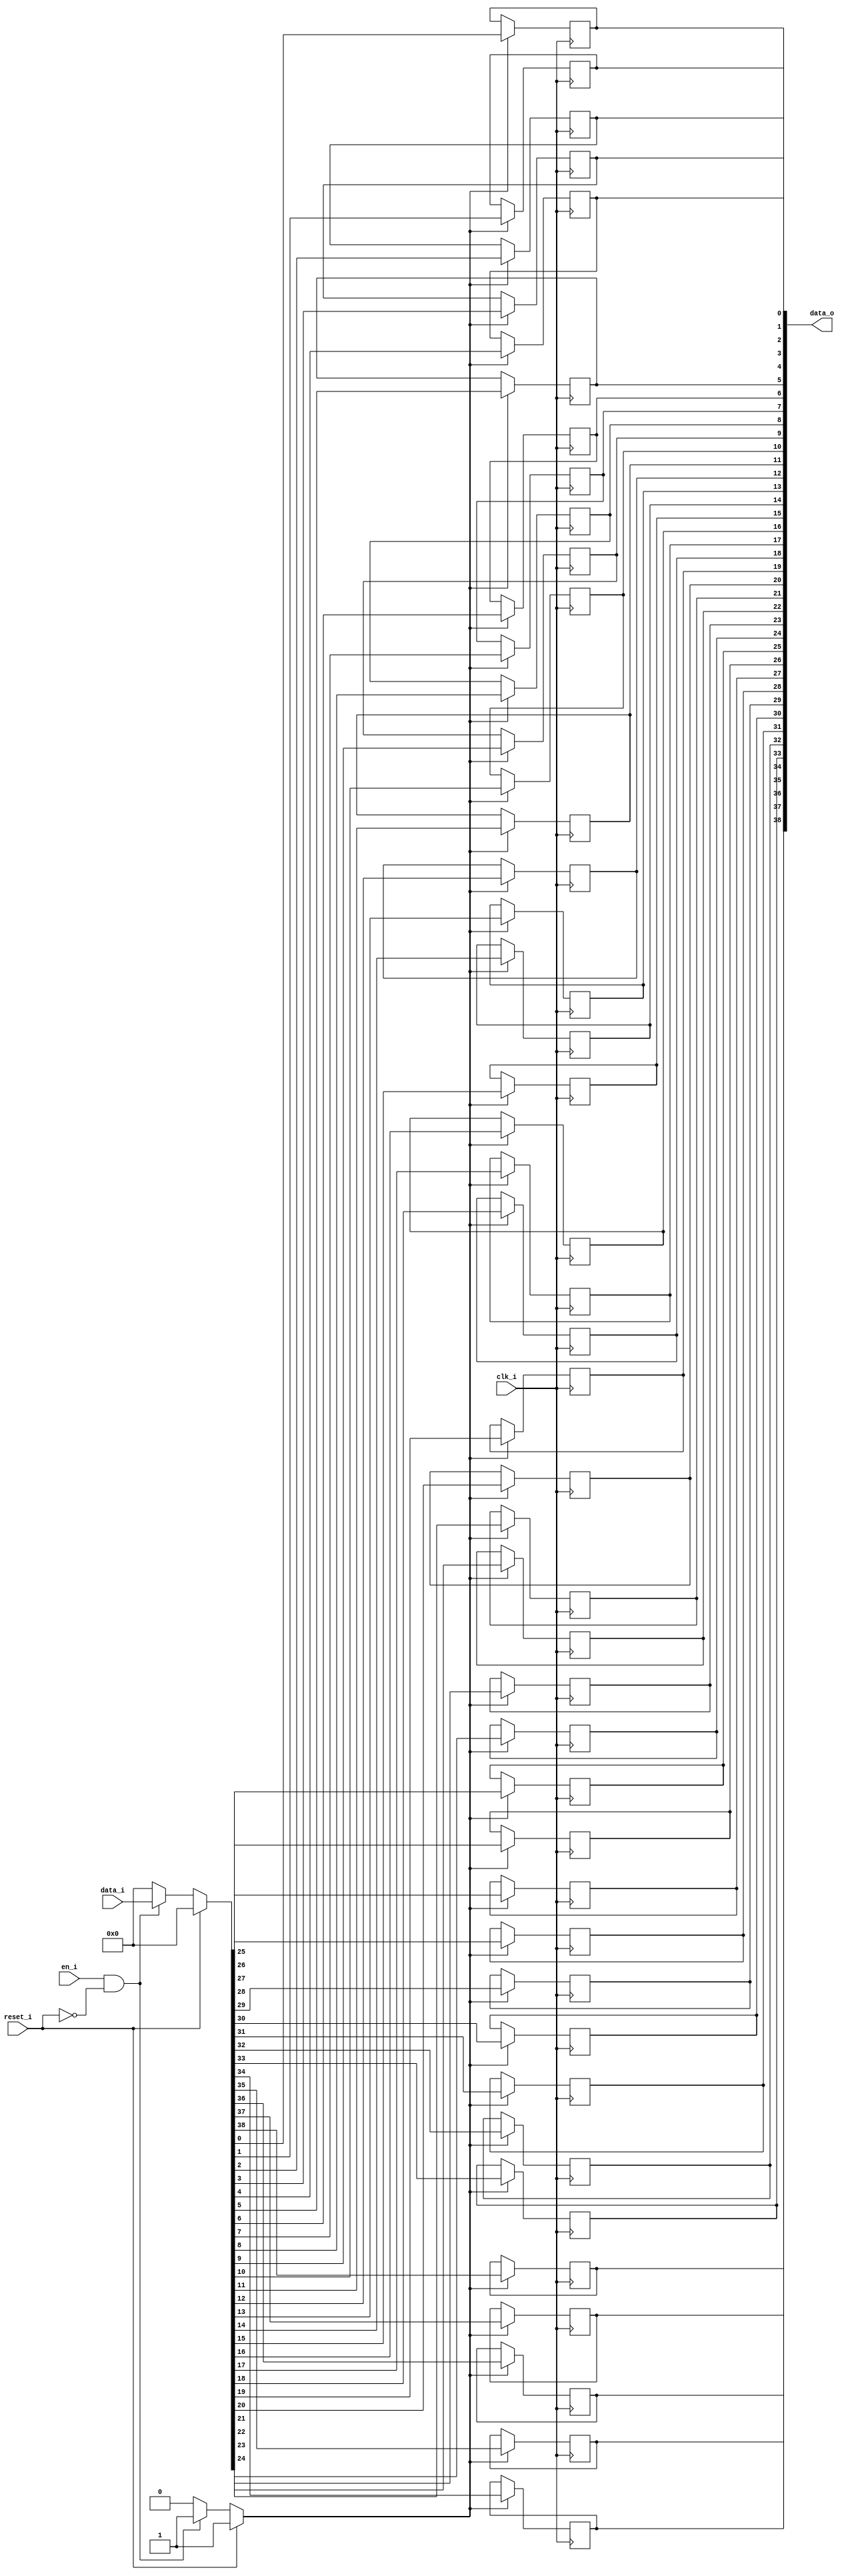
module bsg_dff_reset_en_width_p39
(
  clk_i,
  reset_i,
  en_i,
  data_i,
  data_o
);

  input [38:0] data_i;
  output [38:0] data_o;
  input clk_i;
  input reset_i;
  input en_i;
  wire [38:0] data_o;
  wire N0,N1,N2,N3,N4,N5,N6,N7,N8,N9,N10,N11,N12,N13,N14,N15,N16,N17,N18,N19,N20,N21,
  N22,N23,N24,N25,N26,N27,N28,N29,N30,N31,N32,N33,N34,N35,N36,N37,N38,N39,N40,N41,
  N42,N43,N44;
  reg data_o_38_sv2v_reg,data_o_37_sv2v_reg,data_o_36_sv2v_reg,data_o_35_sv2v_reg,
  data_o_34_sv2v_reg,data_o_33_sv2v_reg,data_o_32_sv2v_reg,data_o_31_sv2v_reg,
  data_o_30_sv2v_reg,data_o_29_sv2v_reg,data_o_28_sv2v_reg,data_o_27_sv2v_reg,
  data_o_26_sv2v_reg,data_o_25_sv2v_reg,data_o_24_sv2v_reg,data_o_23_sv2v_reg,
  data_o_22_sv2v_reg,data_o_21_sv2v_reg,data_o_20_sv2v_reg,data_o_19_sv2v_reg,data_o_18_sv2v_reg,
  data_o_17_sv2v_reg,data_o_16_sv2v_reg,data_o_15_sv2v_reg,data_o_14_sv2v_reg,
  data_o_13_sv2v_reg,data_o_12_sv2v_reg,data_o_11_sv2v_reg,data_o_10_sv2v_reg,
  data_o_9_sv2v_reg,data_o_8_sv2v_reg,data_o_7_sv2v_reg,data_o_6_sv2v_reg,
  data_o_5_sv2v_reg,data_o_4_sv2v_reg,data_o_3_sv2v_reg,data_o_2_sv2v_reg,data_o_1_sv2v_reg,
  data_o_0_sv2v_reg;
  assign data_o[38] = data_o_38_sv2v_reg;
  assign data_o[37] = data_o_37_sv2v_reg;
  assign data_o[36] = data_o_36_sv2v_reg;
  assign data_o[35] = data_o_35_sv2v_reg;
  assign data_o[34] = data_o_34_sv2v_reg;
  assign data_o[33] = data_o_33_sv2v_reg;
  assign data_o[32] = data_o_32_sv2v_reg;
  assign data_o[31] = data_o_31_sv2v_reg;
  assign data_o[30] = data_o_30_sv2v_reg;
  assign data_o[29] = data_o_29_sv2v_reg;
  assign data_o[28] = data_o_28_sv2v_reg;
  assign data_o[27] = data_o_27_sv2v_reg;
  assign data_o[26] = data_o_26_sv2v_reg;
  assign data_o[25] = data_o_25_sv2v_reg;
  assign data_o[24] = data_o_24_sv2v_reg;
  assign data_o[23] = data_o_23_sv2v_reg;
  assign data_o[22] = data_o_22_sv2v_reg;
  assign data_o[21] = data_o_21_sv2v_reg;
  assign data_o[20] = data_o_20_sv2v_reg;
  assign data_o[19] = data_o_19_sv2v_reg;
  assign data_o[18] = data_o_18_sv2v_reg;
  assign data_o[17] = data_o_17_sv2v_reg;
  assign data_o[16] = data_o_16_sv2v_reg;
  assign data_o[15] = data_o_15_sv2v_reg;
  assign data_o[14] = data_o_14_sv2v_reg;
  assign data_o[13] = data_o_13_sv2v_reg;
  assign data_o[12] = data_o_12_sv2v_reg;
  assign data_o[11] = data_o_11_sv2v_reg;
  assign data_o[10] = data_o_10_sv2v_reg;
  assign data_o[9] = data_o_9_sv2v_reg;
  assign data_o[8] = data_o_8_sv2v_reg;
  assign data_o[7] = data_o_7_sv2v_reg;
  assign data_o[6] = data_o_6_sv2v_reg;
  assign data_o[5] = data_o_5_sv2v_reg;
  assign data_o[4] = data_o_4_sv2v_reg;
  assign data_o[3] = data_o_3_sv2v_reg;
  assign data_o[2] = data_o_2_sv2v_reg;
  assign data_o[1] = data_o_1_sv2v_reg;
  assign data_o[0] = data_o_0_sv2v_reg;

  always @(posedge clk_i) begin
    if(N3) begin
      data_o_38_sv2v_reg <= N42;
    end 
  end


  always @(posedge clk_i) begin
    if(N3) begin
      data_o_37_sv2v_reg <= N41;
    end 
  end


  always @(posedge clk_i) begin
    if(N3) begin
      data_o_36_sv2v_reg <= N40;
    end 
  end


  always @(posedge clk_i) begin
    if(N3) begin
      data_o_35_sv2v_reg <= N39;
    end 
  end


  always @(posedge clk_i) begin
    if(N3) begin
      data_o_34_sv2v_reg <= N38;
    end 
  end


  always @(posedge clk_i) begin
    if(N3) begin
      data_o_33_sv2v_reg <= N37;
    end 
  end


  always @(posedge clk_i) begin
    if(N3) begin
      data_o_32_sv2v_reg <= N36;
    end 
  end


  always @(posedge clk_i) begin
    if(N3) begin
      data_o_31_sv2v_reg <= N35;
    end 
  end


  always @(posedge clk_i) begin
    if(N3) begin
      data_o_30_sv2v_reg <= N34;
    end 
  end


  always @(posedge clk_i) begin
    if(N3) begin
      data_o_29_sv2v_reg <= N33;
    end 
  end


  always @(posedge clk_i) begin
    if(N3) begin
      data_o_28_sv2v_reg <= N32;
    end 
  end


  always @(posedge clk_i) begin
    if(N3) begin
      data_o_27_sv2v_reg <= N31;
    end 
  end


  always @(posedge clk_i) begin
    if(N3) begin
      data_o_26_sv2v_reg <= N30;
    end 
  end


  always @(posedge clk_i) begin
    if(N3) begin
      data_o_25_sv2v_reg <= N29;
    end 
  end


  always @(posedge clk_i) begin
    if(N3) begin
      data_o_24_sv2v_reg <= N28;
    end 
  end


  always @(posedge clk_i) begin
    if(N3) begin
      data_o_23_sv2v_reg <= N27;
    end 
  end


  always @(posedge clk_i) begin
    if(N3) begin
      data_o_22_sv2v_reg <= N26;
    end 
  end


  always @(posedge clk_i) begin
    if(N3) begin
      data_o_21_sv2v_reg <= N25;
    end 
  end


  always @(posedge clk_i) begin
    if(N3) begin
      data_o_20_sv2v_reg <= N24;
    end 
  end


  always @(posedge clk_i) begin
    if(N3) begin
      data_o_19_sv2v_reg <= N23;
    end 
  end


  always @(posedge clk_i) begin
    if(N3) begin
      data_o_18_sv2v_reg <= N22;
    end 
  end


  always @(posedge clk_i) begin
    if(N3) begin
      data_o_17_sv2v_reg <= N21;
    end 
  end


  always @(posedge clk_i) begin
    if(N3) begin
      data_o_16_sv2v_reg <= N20;
    end 
  end


  always @(posedge clk_i) begin
    if(N3) begin
      data_o_15_sv2v_reg <= N19;
    end 
  end


  always @(posedge clk_i) begin
    if(N3) begin
      data_o_14_sv2v_reg <= N18;
    end 
  end


  always @(posedge clk_i) begin
    if(N3) begin
      data_o_13_sv2v_reg <= N17;
    end 
  end


  always @(posedge clk_i) begin
    if(N3) begin
      data_o_12_sv2v_reg <= N16;
    end 
  end


  always @(posedge clk_i) begin
    if(N3) begin
      data_o_11_sv2v_reg <= N15;
    end 
  end


  always @(posedge clk_i) begin
    if(N3) begin
      data_o_10_sv2v_reg <= N14;
    end 
  end


  always @(posedge clk_i) begin
    if(N3) begin
      data_o_9_sv2v_reg <= N13;
    end 
  end


  always @(posedge clk_i) begin
    if(N3) begin
      data_o_8_sv2v_reg <= N12;
    end 
  end


  always @(posedge clk_i) begin
    if(N3) begin
      data_o_7_sv2v_reg <= N11;
    end 
  end


  always @(posedge clk_i) begin
    if(N3) begin
      data_o_6_sv2v_reg <= N10;
    end 
  end


  always @(posedge clk_i) begin
    if(N3) begin
      data_o_5_sv2v_reg <= N9;
    end 
  end


  always @(posedge clk_i) begin
    if(N3) begin
      data_o_4_sv2v_reg <= N8;
    end 
  end


  always @(posedge clk_i) begin
    if(N3) begin
      data_o_3_sv2v_reg <= N7;
    end 
  end


  always @(posedge clk_i) begin
    if(N3) begin
      data_o_2_sv2v_reg <= N6;
    end 
  end


  always @(posedge clk_i) begin
    if(N3) begin
      data_o_1_sv2v_reg <= N5;
    end 
  end


  always @(posedge clk_i) begin
    if(N3) begin
      data_o_0_sv2v_reg <= N4;
    end 
  end

  assign N3 = (N0)? 1'b1 : 
              (N44)? 1'b1 : 
              (N2)? 1'b0 : 1'b0;
  assign N0 = reset_i;
  assign { N42, N41, N40, N39, N38, N37, N36, N35, N34, N33, N32, N31, N30, N29, N28, N27, N26, N25, N24, N23, N22, N21, N20, N19, N18, N17, N16, N15, N14, N13, N12, N11, N10, N9, N8, N7, N6, N5, N4 } = (N0)? { 1'b0, 1'b0, 1'b0, 1'b0, 1'b0, 1'b0, 1'b0, 1'b0, 1'b0, 1'b0, 1'b0, 1'b0, 1'b0, 1'b0, 1'b0, 1'b0, 1'b0, 1'b0, 1'b0, 1'b0, 1'b0, 1'b0, 1'b0, 1'b0, 1'b0, 1'b0, 1'b0, 1'b0, 1'b0, 1'b0, 1'b0, 1'b0, 1'b0, 1'b0, 1'b0, 1'b0, 1'b0, 1'b0, 1'b0 } : 
                                                                                                                                                                                                           (N44)? data_i : 1'b0;
  assign N1 = en_i | reset_i;
  assign N2 = ~N1;
  assign N43 = ~reset_i;
  assign N44 = en_i & N43;

endmodule